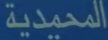
المحمدية